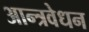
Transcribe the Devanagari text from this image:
आन्त्रवेधन